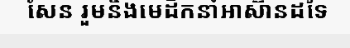
សែន រួមនិងមេដឹកនាំអាស៊ានដទៃ